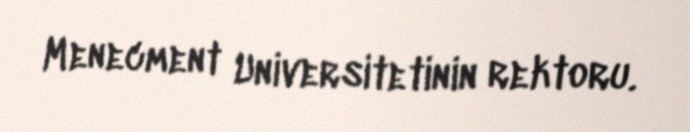
Menecment Universitetinin rektoru.